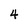
Character: 4